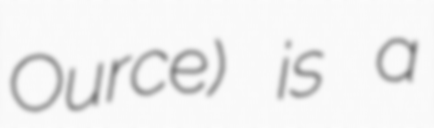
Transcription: Ource) is a